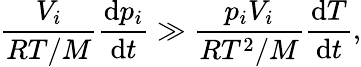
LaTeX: \frac{V_{i}}{RT/M}\frac{\mathrm{d}p_{i}}{\mathrm{d}t}\gg\frac{p_{i}V_{i}}{RT^{2}/M}\frac{\mathrm{d}T}{\mathrm{d}t},